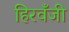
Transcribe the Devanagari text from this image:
हिरवँजी